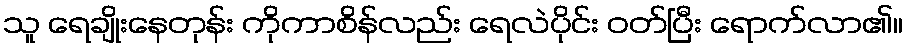
သူ ရေချိုးနေတုန်း ကိုကာစိန်လည်း ရေလဲပိုင်း ဝတ်ပြီး ရောက်လာ၏။